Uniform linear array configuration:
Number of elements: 8
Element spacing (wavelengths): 1
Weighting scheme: cosine
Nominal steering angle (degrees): -30
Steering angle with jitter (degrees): -28.394
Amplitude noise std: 0.05
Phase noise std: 0.05

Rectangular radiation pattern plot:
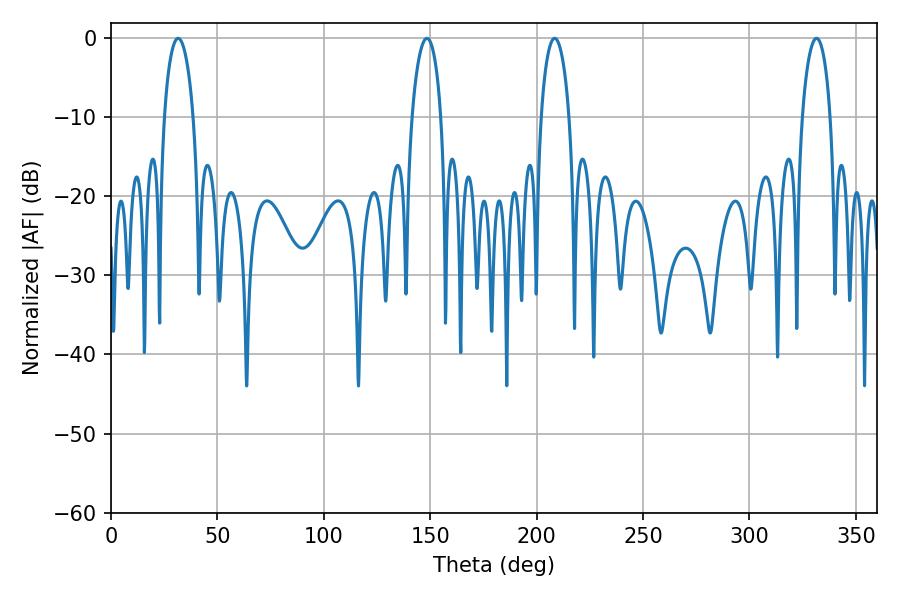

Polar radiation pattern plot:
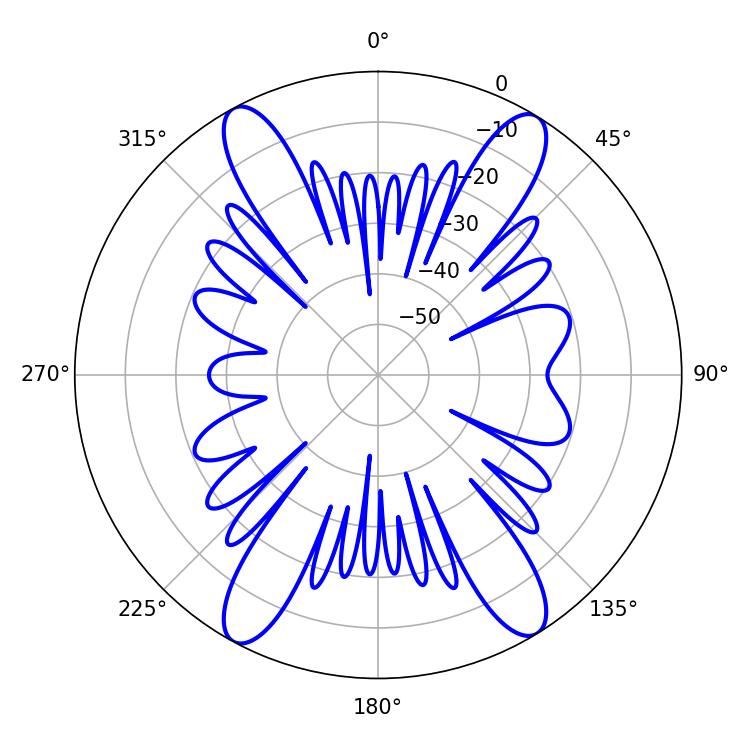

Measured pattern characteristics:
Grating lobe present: TRUE
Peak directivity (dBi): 20.357
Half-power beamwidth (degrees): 7.56
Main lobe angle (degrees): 208.44